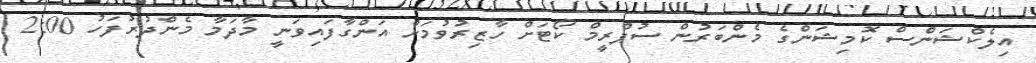
އިލެކްޝަންސް ކޮމިޝަންގެ މެންބަރުން ސުޕްރީމް ކޯޓަށް ހާޒިރުވުމަށް އަންގާފައިވަނީ މާދަމާ މެންދުރުފަހު 2:00